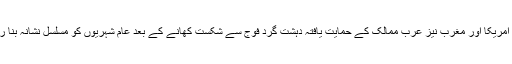
شام میں امریکا اور مغرب نیز عرب ممالک کے حمایت یافتہ دہشت گرد فوج سے شکست کھانے کے بعد عام شہریوں کو مسلسل نشانہ بنا رہے ہیں۔